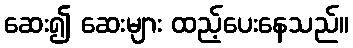
ဆေး၍ ဆေးများ ထည့်ပေးနေသည်။